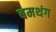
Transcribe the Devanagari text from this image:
बमथंग